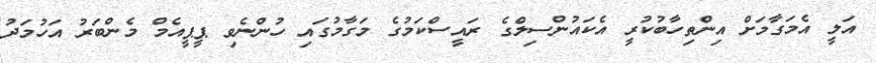
އަލީ އެމަގާމަށް އިންތިހާބުކުރީ އެކައުންސިލްގެ ރައީސްކަމުގެ މަގާމުގައި ހުންނެވި ޕީޕީއެމް މެންބަރު އަހުމަދު